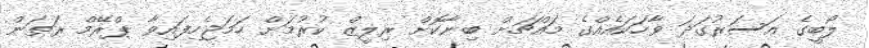
ލޯބީގެ އަސަރުގަދަ ވާހަކައެއްގެ މައްޗަށް ބިނާކޮށް ރިލީޒް ކުރުމަށް ހަމަޖެހިފައިވާ ޕްރޭމް ރަތަން